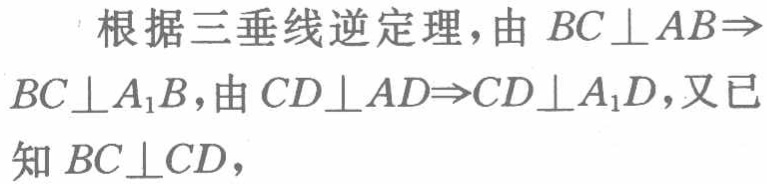
根据三垂线逆定理，由 \(BC\perp AB\Rightarrow BC\perp A_{1}B\)，由 \(CD\perp AD\Rightarrow CD\perp A_{1}D\)，又已知 \(BC\perp CD\)，